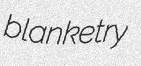
blanketry